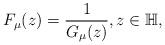
LaTeX: \begin{align*}F_{\mu}(z)=\frac{1}{G_{\mu}(z)},z\in\mathbb{H},\end{align*}